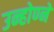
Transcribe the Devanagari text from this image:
उन्होण्ने